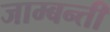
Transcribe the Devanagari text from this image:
जाम्बन्ती